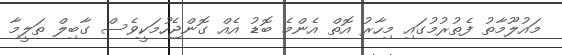
މައުލޫމާތު ފެތުރުމުގައި މިހާރު އޮތް އެންމެ ބޮޑު އެއް ގޮންޖެހުމަކީވެސް ގާބިލް ތަލީމާ